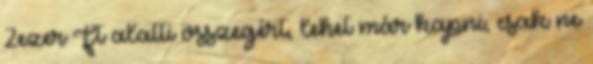
2ezer Ft alatti összegért, lehet már kapni, csak ne